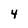
Character: 4